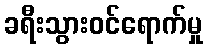
ခရီးသွားဝင်ရောက်မှု